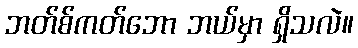
ဘတ်စ်ကတ်ဘော ဘယ်မှာ ရှိသလဲ။